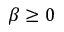
\beta \ge 0